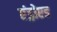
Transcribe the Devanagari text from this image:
एंड्रोएड